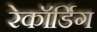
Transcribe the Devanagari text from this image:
रेकॉर्डिग